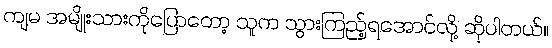
ကျမ အမျိုးသားကိုပြောတော့ သူက သွားကြည့်ရအောင်လို့ ဆိုပါတယ်။